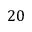
2 0